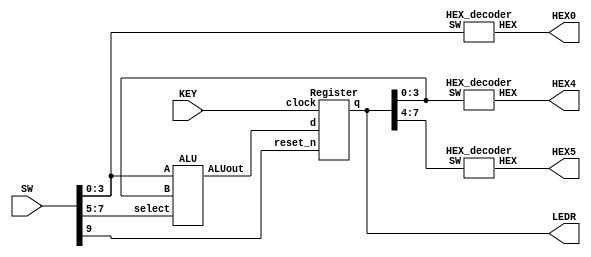
module ALU_REG_demo(LEDR, SW, KEY, HEX0, HEX4, HEX5);
    input [9:0] SW;
    input [0:0] KEY;
    output [7:0] LEDR;
    output [6:0] HEX0, HEX4, HEX5;
    wire [7:0] ALUout;
	wire [7:0] Regout;

    assign LEDR = Regout;

    ALU m0(
        .ALUout(ALUout),
        .A(SW[3:0]),
        .B(Regout[3:0]),
        .select(SW[7:5])
    );

	Register r0(
		.q(Regout),
		.d(ALUout),
		.clock(KEY[0]),
		.reset_n(SW[9])
	);

    HEX_decoder H0(
        .SW(SW[3:0]),
        .HEX(HEX0)
    );

    HEX_decoder H4(
        .SW(Regout[3:0]),
        .HEX(HEX4)
    );

    HEX_decoder H5(
        .SW(Regout[7:4]),
        .HEX(HEX5)
    );

endmodule


module ALU(ALUout, A, B, select);
    output reg [7:0] ALUout;
    input [3:0] A, B;
    input [2:0] select;
    wire [3:0] f1_out, f2_out;
    wire f1_carry, f2_carry;

    always @(*) begin
        case (select[2:0])
            3'b000: ALUout = {f1_carry, f1_out};
            3'b001: ALUout = {f2_carry, f2_out};
            3'b010: ALUout = A + B;
            3'b011: ALUout = {A|B, A^B};
            3'b100: ALUout = {|({A,B})};
            3'b101: ALUout = B << A;
			3'b110: ALUout = B >> A;
			3'b111: ALUout = A * B;
            default ALUout = 8'b00000000;
        endcase
    end

    fbrca a1(
        .S(f1_out),
        .cout(f1_carry),
        .A(A),
        .B(4'b0001),
        .cin(1'b0)
    );

    fbrca a2(
        .S(f2_out),
        .cout(f2_carry),
        .A(A),
        .B(B),
        .cin(1'b0)
    );

endmodule


module HEX_decoder(SW, HEX);
    input [3:0] SW;
    output [6:0] HEX;

    assign HEX[0] = (~SW[3]&~SW[2]&~SW[1]&SW[0]) | (~SW[3]&SW[2]&~SW[1]&~SW[0]) | (SW[3]&SW[2]&~SW[1]&SW[0]) | (SW[3]&~SW[2]&SW[1]&SW[0]);
    assign HEX[1] = (~SW[3]&SW[2]&~SW[1]&SW[0]) | (SW[2]&SW[1]&~SW[0]) | (SW[3]&SW[2]&~SW[0]) | (SW[3]&SW[1]&SW[0]);
    assign HEX[2] = (~SW[3]&~SW[2]&SW[1]&~SW[0]) | (SW[3]&SW[2]&~SW[0]) | (SW[3]&SW[2]&SW[1]);
    assign HEX[3] = (~SW[3]&SW[2]&~SW[1]&~SW[0]) | (SW[3]&~SW[2]&SW[1]&~SW[0]) | (~SW[2]&~SW[1]&SW[0]) | (SW[2]&SW[1]&SW[0]);
    assign HEX[4] = (~SW[3]&SW[2]&~SW[1]) | (~SW[2]&~SW[1]&SW[0]) | (~SW[3]&SW[0]);
    assign HEX[5] = (SW[3]&SW[2]&~SW[1]&SW[0]) | (~SW[3]&~SW[2]&SW[0]) | (~SW[3]&~SW[2]&SW[1]) | (~SW[3]&SW[1]&SW[0]);
    assign HEX[6] = (~SW[3]&~SW[2]&~SW[1]) | (~SW[3]&SW[2]&SW[1]&SW[0]) | (SW[3]&SW[2]&~SW[1]&~SW[0]);

endmodule


module fbrca(S, cout, A, B, cin);
    output [3:0] S;
    output cout;
    input [3:0] A;
    input [3:0] B;
    input cin;
    wire c1, c2, c3;

    full_adder u0(
        .sum(S[0]),
        .cout(c1),
        .a(A[0]),
        .b(B[0]),
        .cin(cin)
    );

    full_adder u1(
        .sum(S[1]),
        .cout(c2),
        .a(A[1]),
        .b(B[1]),
        .cin(c1)
    );

    full_adder u2(
        .sum(S[2]),
        .cout(c3),
        .a(A[2]),
        .b(B[2]),
        .cin(c2)
    );

    full_adder u3(
        .sum(S[3]),
        .cout(cout),
        .a(A[3]),
        .b(B[3]),
        .cin(c3)
    );

endmodule


module Register(q, d, clock, reset_n);
	input clock, reset_n;
	input [7:0] d;
	output reg [7:0] q;
	
	always @(posedge clock) begin
		if (reset_n == 1'b0)
			q <= 8'b00000000;
		else
			q <= d;
	end

endmodule


module full_adder(sum, cout, a, b, cin);
    output sum, cout;
    input a, b, cin;

    assign sum = a^b^cin;
    assign cout = (a&b)|(cin&(a^b));

endmodule